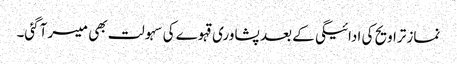
نماز تراویح کی ادائیگی کے بعد پشاوری قہوے کی سہولت بھی میسر آگئی۔